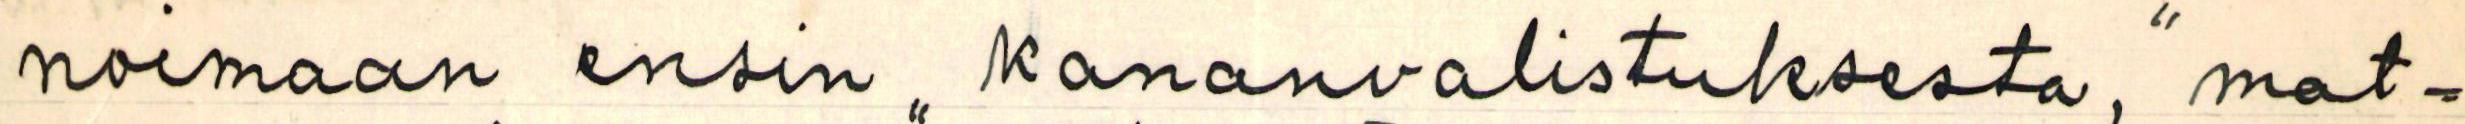
noimaan ensin ,, kananvalistuksesta," mat-